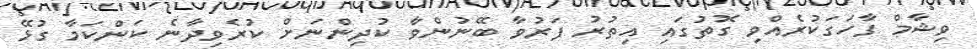
ވިޝާމް ފާހަގަކުރެއްވި ގޮތުގައި އިތުރު ފަރުވާ ބޭނުންވާ ކުދިންނަށް ކުރެވިދާނެ ކަންކަމާ ގުޅޭ